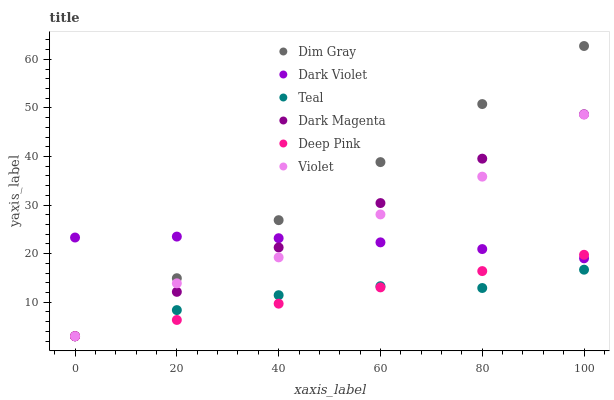
| xaxis_label | Dim Gray | Dark Violet | Teal | Dark Magenta | Deep Pink | Violet |
 | --- | --- | --- | --- | --- | --- | --- |
 | 0 | 3 | 23.3 | 3 | 3 | 3 | 3 |
 | 20 | 15 | 23.5 | 8.38 | 12.1 | 6.35 | 13.9 |
 | 40 | 26.9 | 23.2 | 11.5 | 21.3 | 9.71 | 19.2 |
 | 60 | 38.9 | 22.3 | 13.3 | 30.4 | 13.1 | 28.1 |
 | 80 | 50.8 | 20.9 | 12.9 | 39.6 | 16.4 | 35.9 |
 | 100 | 62.8 | 19 | 16.7 | 48.7 | 19.8 | 48.6 |